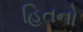
હિતનો